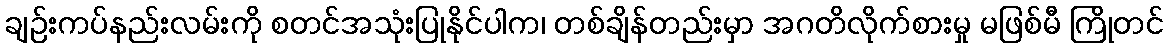
ချဉ်းကပ်နည်းလမ်းကို စတင်အသုံးပြုနိုင်ပါက၊ တစ်ချိန်တည်းမှာ အဂတိလိုက်စားမှု မဖြစ်မီ ကြိုတင်